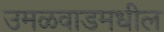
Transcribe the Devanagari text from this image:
उमळवाडमधील